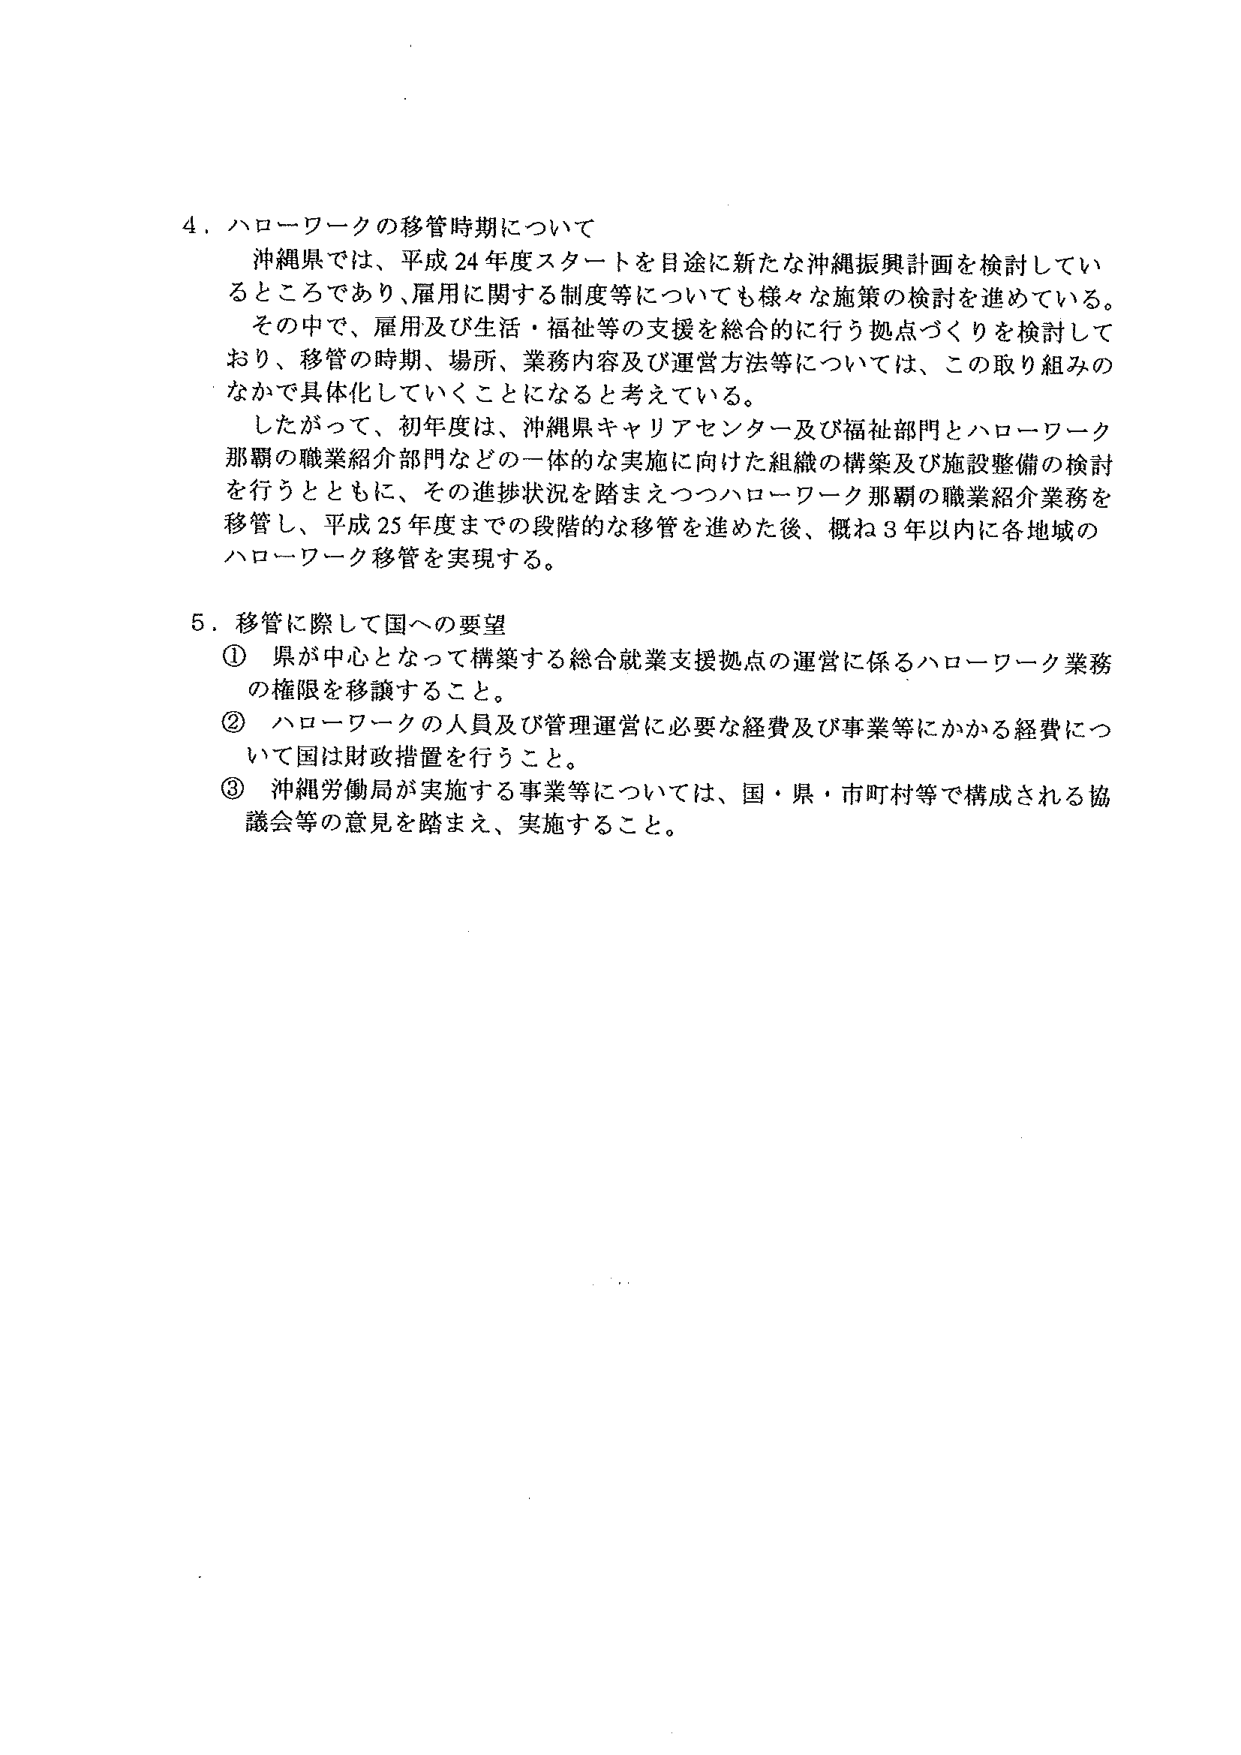
4．ハローワークの移管時期について
沖縄県では、平成24年度スタートを目途に新たな沖縄振興計画を検討しているところであり、雇用に関する制度等についても様々な施策の検討を進めている。
その中で、雇用及び生活・福祉等の支援を総合的に行う拠点づくりを検討しており、移管の時期、場所、業務内容及び運営方法等については、この取り組みのなかで具体化していくことになると考えている。
したがって、初年度は、沖縄県キャリアセンター及び福祉部門とハローワーク那覇の職業紹介部門などの一体的な実施に向けた組織の構築及び施設整備の検討を行うとともに、その進捗状況を踏まえつつハローワーク那覇の職業紹介業務を移管し、平成25年度までの段階的な移管を進めた後、概ね3年以内に各地域のハローワーク移管を実現する。

5．移管に際して国への要望
① 県が中心となって構築する総合就業支援拠点の運営に係るハローワーク業務の権限を移譲すること。
② ハローワークの人員及び管理運営に必要な経費及び事業等にかかる経費について国は財政措置を行うこと。
③ 沖縄労働局が実施する事業等については、国・県・市町村等で構成される協議会等の意見を踏まえ、実施すること。